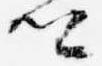
卿